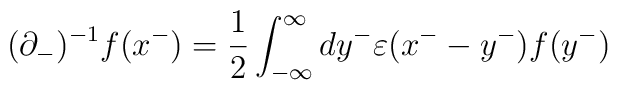
({\partial}_-)^{-1}f(x^-)=\frac{1}{2}\int_{-{\infty}}^{\infty}dy^-{\varepsilon}(x^--y^-)f(y^-)